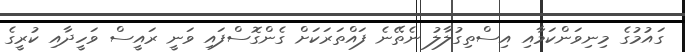
ގައުމުގެ މިނިވަންކަމާއި އިސްތިގުލާލު ނެތޭނެ ފައްތަރަކަށް ގެންގޮސްފައި ވަނީ ރައީސް ވަހީދާއި ކުރީގެ